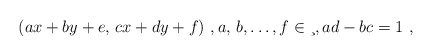
\begin{align*}(ax+by+e,\,cx+dy+f)\ , a,\,b, \ldots,f \in \c\ , ad-bc=1\ ,\end{align*}